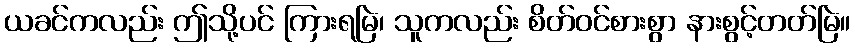
ယခင်ကလည်း ဤသို့ပင် ကြားရမြဲ၊ သူကလည်း စိတ်ဝင်စားစွာ နားစွင့်တတ်မြဲ။